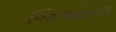
જિઓના